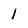
Character: 1